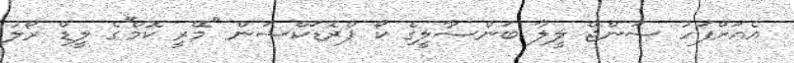
އެއަށްފަހު ސަންޖޭ ލީލާ ބަންސާލީގެ ކޯ ޕްރޮޑަކްޝަން ''މޭރީ ކޮމް''ގެ ލީޑް ރޯލު